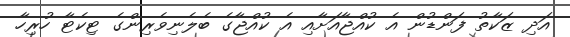
އަދި ޒަކާތު ފަންޑުން އެ ކުއްޖާއަށާއި އެ ކުއްޖާގެ ބެލެނިވެރިންގެ ޓިކެޓާ ހުރިހާ